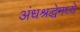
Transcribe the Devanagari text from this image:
अंधश्रद्धेमध्ये